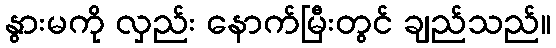
နွားမကို လှည်း နောက်မြီးတွင် ချည်သည်။